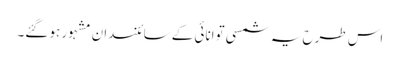
اس طرح یہ شمسی توانائی کے سائنسدان مشہور ہو گئے۔